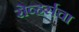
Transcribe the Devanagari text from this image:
रोव्हर्सचा